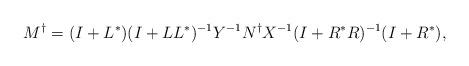
LaTeX: \begin{align*}M^{\dagger}=(I+L^{\ast})(I+LL^{\ast})^{-1}Y^{-1}N^{\dagger}X^{-1}(I+R^{\ast}R)^{-1}(I+R^{\ast}),\end{align*}